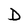
Character: D